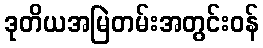
ဒုတိယအမြဲတမ်းအတွင်းဝန်